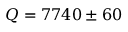
Q = 7 7 4 0 \pm 6 0